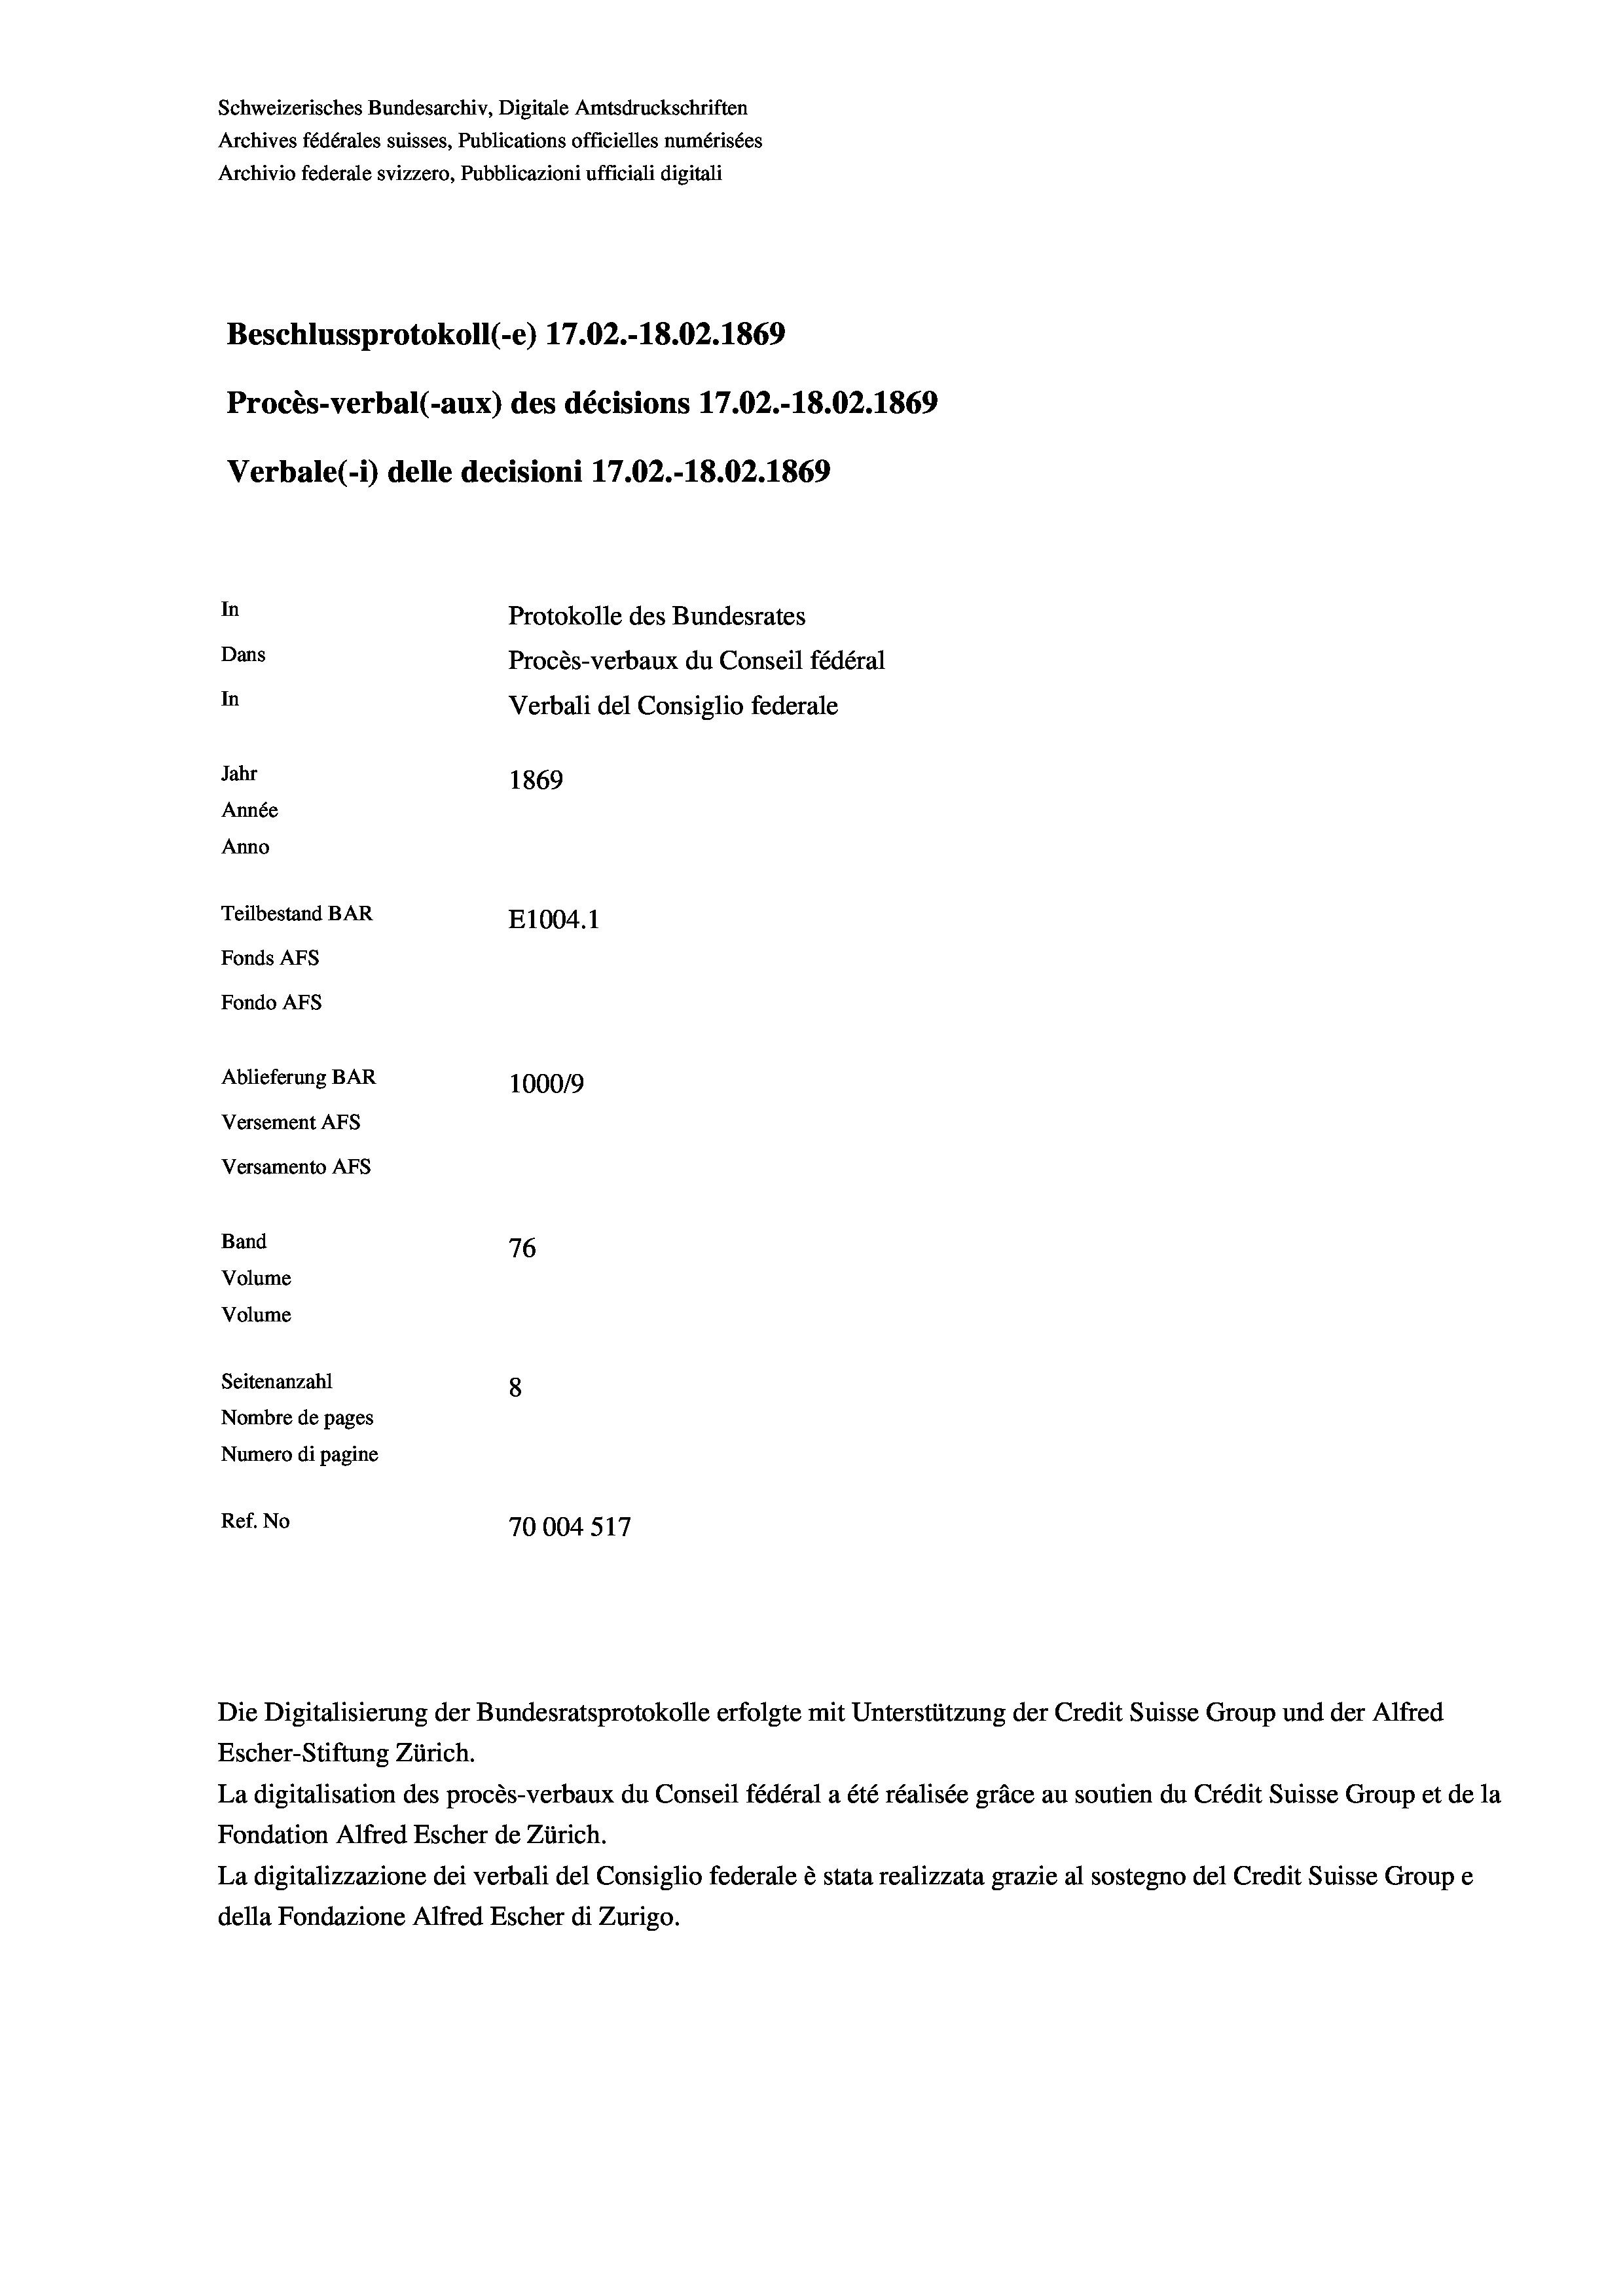
Schweizerisches Bundesarchiv, Digitale Amtsdruckschriften
Archives fédérales suisses, Publications officielles numérisées
Archivio federale svizzero, Pubblicazioni ufficiali digitali
Beschlussprotokoll (-e) 17.02.-18.02. 1869
Procès-verbal (-aux) des décisions 17.02.-18.02. 1869
Verbale(-*) delle decisioni 17.02.-18.02. 1869
In
Protokolle des Bundesrates
Dans
Procès-verbaux du Conseil fédéral
In
Verbali del Consiglio federale
Jahr
1869
Année
Anno
Teilbestand BAR
E1004. 1
Fonds AFs
Fondo AFs
Ablieferung BAR
100019
Versement As
Versamento AFS
Band
76
Volume
Volume

Seitenanzahl
8
Nombre de pages
Numero di pagine
Ref. No
70004 517

Escher-Stiftung Zürich.
La digitalisation des procès-verbaux du Conseil fédéral a été réalisée gräce au soutien du Crédit Suisse Group et de la
Fondation Alfred Escher de Zürich.
La digitalizzazione dei verbali del Consiglio federale è stata realizzata grazie al sostegno del Credit Suisse Groupe
della Fondazione Alfred Escher di Zurigo.

Die Digitalisierung der Bundesratsprotokolle erfolgte mit Unterstützung der Credit Suisse Group und der Alfred